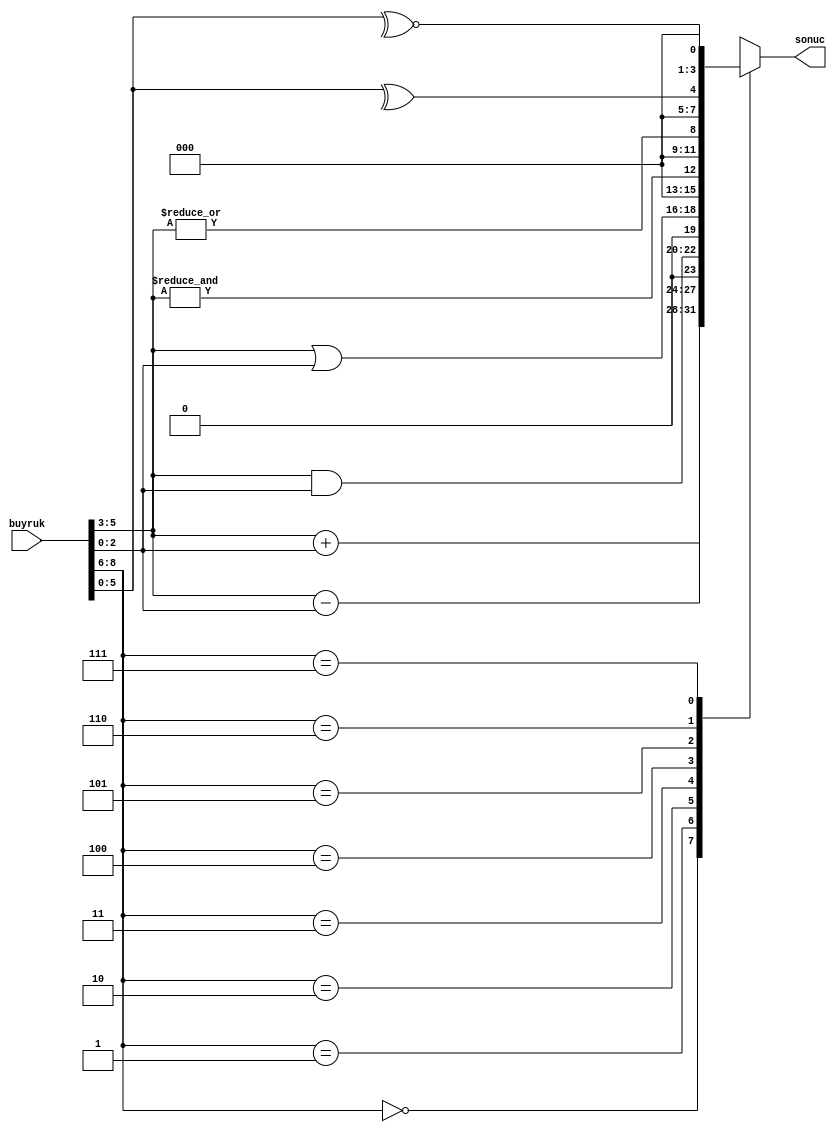
`timescale 1ns / 1ps

module bib3(
    input [8:0] buyruk,
    output [3:0] sonuc
    );
    
    reg [2:0]islem,sayi1,sayi2;
    reg [3:0] sonuc_r ; 
    always@(*)begin
        islem = buyruk[8:6];
        sayi1 = buyruk[5:3];
        sayi2 = buyruk[2:0];
        
        case(islem)
            3'd0:begin
                sonuc_r = ( sayi1 + sayi2 ) ;
            end        
            3'd1: begin
                sonuc_r = ( sayi1 - sayi2 ) ;
            end
            3'd2: begin
                sonuc_r = ( sayi1 & sayi2 ) ;
            end
            3'd3: begin
                sonuc_r = ( sayi1 | sayi2 ) ;
            end
            3'd4: begin
                sonuc_r = ( &sayi1 ) ;
            end
            3'd5: begin
                sonuc_r = ( |sayi1 ) ;
            end
            3'd6: begin
                sonuc_r =  ^{ sayi1 , sayi2 } ;
            end
            3'd7: begin
                sonuc_r = ~^{ sayi1, sayi2 } ;
            end
        endcase
    end
    
    assign sonuc = sonuc_r ;
    
endmodule